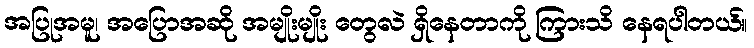
အပြုအမူ၊ အပြောအဆို အမျိုးမျိုး တွေလဲ ရှိနေတာကို ကြားသိ နေရပါတယ်။